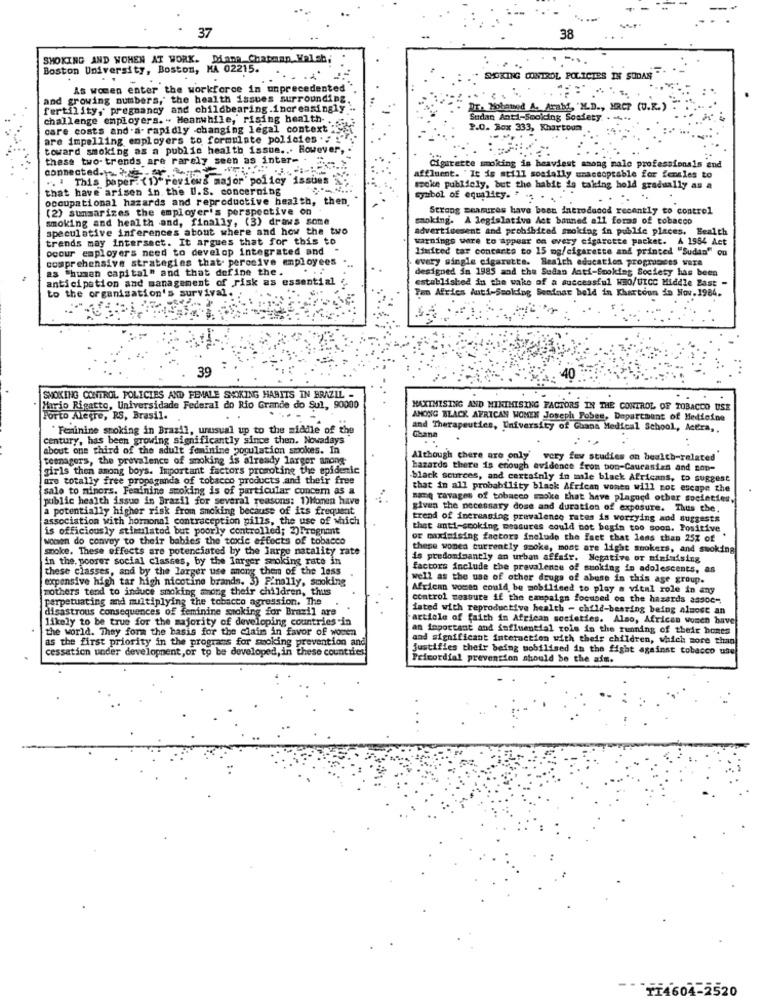
37
38
SMOKING AND WOMEN AT WORK. Diana Chapman Walsh,
Boston University, Boston, MA 02215.
SMOKING CONTROL, POLICIES IN SUDAN "
As women enter the workforce in unprecedented
and growing numbers, the health issues surrounding
fertility, pregnancy and childbearing.increasingly ..
RT. Hobated A. Arabf, "KL.D ., HRCP (U.R.)
challenge employers. " Meanwhile, rising health ..
Sudan Anti-Smoking Soafety . .....
care costs and.a. rapidly changing legal context
P.O. Box 333, Khartoum
are impelling employers to formulate policies ." ""
toward smoking as a public health issue ... However, .
these two- trends are rarely seen as inter-
connected ... "
Cigarette smoking is heaviest among male professionals and
This paper: (1)"reviews major policy issues ?
affluent. "It is still socially unacceptable for fensles to
that have arisen in the U.S. concerning
woke publicly, but the habit is taking hold gradually as a
occupational hazards and reproductive health, then
symbol of equality.
(2) summarizes the employer's perspective on
Strong measures have been introduced recently to control
smoking and health and, finally, (3) draws some
smoking. A legislative Act banned all forms of tobacco
speculative inferences about where and how the two
advertisesent and prohibited smoking in public places. Health
trends may intersect. It argues that for this to
warnings were to appear on every cigarette packet. A 1554 Act
occur employers need to develop integrated and
limited tar concarta to 15 mg/cigarette and printed "Sudan" on
comprehensive strategies that. perocive employees
every single cigarette. Seaich education programces ware
as "human capital" and that define the .
designed in 1985 and the Sulan Anti-Smoking Society has been
anticipation and management of risk as essential
established in the wake of a successful WHO/UICC Middle East -
to the organisation's survival.
Fan Afries Auti-Smoking Seminar beld in Khartoum in Nov.1984.
2. 2
39
40
SMOKING CONTROL POLICIES AND FEMALE SMOKING HABITS IN BRAZIL -
Hirio Rigatto, Universidade Federal do Rio Grande do Sul, 90000
MAXIMISING AND MINIMISING FACTORS IN THE CONTROL OF TOBACCO USE
Porto Alegre, RS, Brasil.
AMONG BLACK AFRICAN WONEN Joseph Pobes, Department of Medicine
"Feminine smoking in Brazil, unusual up to the middle of the
and Therapeutics, University of Gaana Medical School, Acera ,.
chana
century, has been growing significantly since then. Nowadays
about one third of the adult feminine population smokes. In
teenagers, the prevalence of smoking is already larger anong
Although chere are only very few studies on health-related
girls then among boys. Important factors promoting the epidemic
hazards there is enough evidence from bon-Caucasian and non-
are totally free propaganda of tobacco products and their free
black sources, and certainly in male black Africans, to suggest
sale to minors. Feminine smoking is of particular concern as a
that in all probability black African wonen will not escape the
public health issue in Brazil for several reasons: 1)honen have
same ravages of tobacco smoke that have plagued other societies,
a potentially higher risk from Smoking because of its frequent
given the necessary dose and duration of exposure. Thus che.
association with hormonal contraception pills, the use of which
trend of inercasing prevalence rates is worrying and suggests
is officiously stimulated but poorly controlled; 2)Pregnant
that anti-smoking measures could bot begin too soon. Positive
women do convoy to their babies the toxic effects of tobacco
or maximising factors include the fact that less than 25Z of
smoke. These effects are potenciated by the large natality rate
these wonen currently smoke, mont are light smokers, and smoking
in the, poorer social classes, by the larger smoking rate in
is predominantly an urban affair. Negative or minimising
these classes, and by the larger use among them of the less
factors include the prevalence of smoking in adolescents, as
expensive high tar high nicotine brands. 3) Finally, smoking
well as the use of other drugs of abuse in this age group.
mothers tend to induce smoking among their children, thus
African woman could be mobilised to play a vital role in any
perpetuating and multiplying the tobacco agression. The
control messure if the campaign focused on the hazards assoc-
disastrous consequences of feminine smoking for Brazil are
iated with reproductive health - child-bearing being almost an
likely to be true for the majority of developing countries in
"article of faith in African societies. Also, African women have
the world. They form the basis for the claim in favor of women
an important and influential role in the running of their homes
as the first priority in the programs for smoking prevention and
and significant interaction with their children, which more than
cessation under development, or to be developed, in these countries
justifies their being mobilised in the fight against tobacco use
Primordial prevention should be the aim.
TI4604-2520